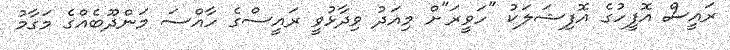
ރައީސް އޮފީހުގެ އޮފިޝަލަކު "ހަވީރަ"ށް މިއަދު ވިދާޅުވީ ރައީސްގެ ހާއްސަ މަންދޫބެއްގެ މަގާމު